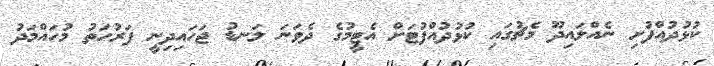
ކުޅުދުއްފުށި ނެއްލައިދޫ މެޗުގައި ކުޅުދުއްފުޓަށް އެޓީމުގެ ދެވަނަ ލަނޑު ޖަހައިދިނީ ފަރުހަތު މުހައްމަދު